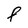
Character: F